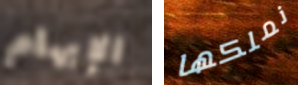
الإبهام نملكها